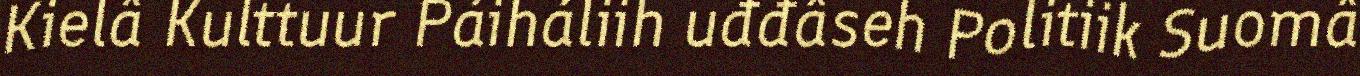
Kielâ Kulttuur Páiháliih uđđâseh Politiik Suomâ